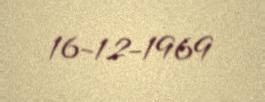
16-12-1969